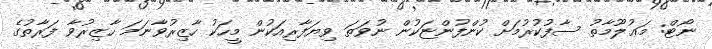
ނޯޓް: މަޢުލޫމާތު ސާފުކުރުމަށް ކުންފުންޏަކުން ނުވަތަ ވިޔަފާރިއަކުން މީހަކު ހާޒިރުވާނަމަ ހާޒިރުވާ ފަރާތުގެ